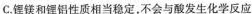
C.锂镁和锂铝性质相当稳定，不会与酸发生化学反应